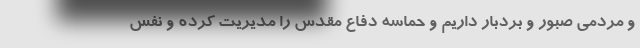
و مردمی صبور و بردبار داریم و حماسه دفاع مقدس را مدیریت کرده و نفس